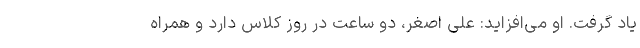
یاد گرفت. او می‌افزاید: علی اصغر، دو ساعت در روز کلاس دارد و همراه